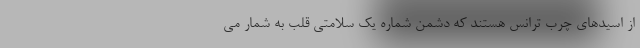
از اسیدهای چرب ترانس هستند که دشمن شماره یک سلامتی قلب به شمار می